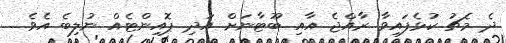
ދެ މެޗު ކުޅެފައިވާ ރާއްޖެ އާއި ބޫޓާނަށް އަދި ޕޮއިންޓެއް ނުލިބެ އެވެ.